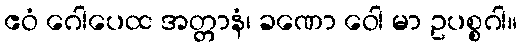
ဧဝံ ဂေါပေထ အတ္တာနံ၊ ခဏော ဝေါ မာ ဥပစ္စဂါ။